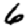
Digit: 6